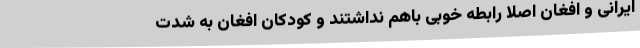
ایرانی و افغان اصلا رابطه خوبی باهم نداشتند و کودکان افغان به شدت